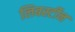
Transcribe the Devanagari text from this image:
लिबर्स्टीन